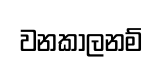
වනකාලනම්